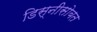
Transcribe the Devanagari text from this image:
डिस्नीसोबत